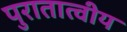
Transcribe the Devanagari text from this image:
पुरातात्वीय